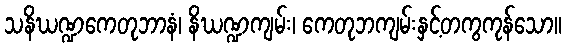
သနိဃဏ္ဍကေတုဘာနံ၊ နိဃဏ္ဍကျမ်း၊ ကေတုဘကျမ်းနှင့်တကွကုန်သော။